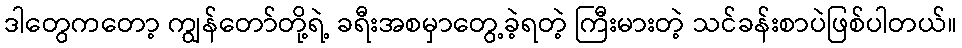
ဒါတွေကတော့ ကျွန်တော်တို့ရဲ့ ခရီးအစမှာတွေ့ခဲ့ရတဲ့ ကြီးမားတဲ့ သင်ခန်းစာပဲဖြစ်ပါတယ်။